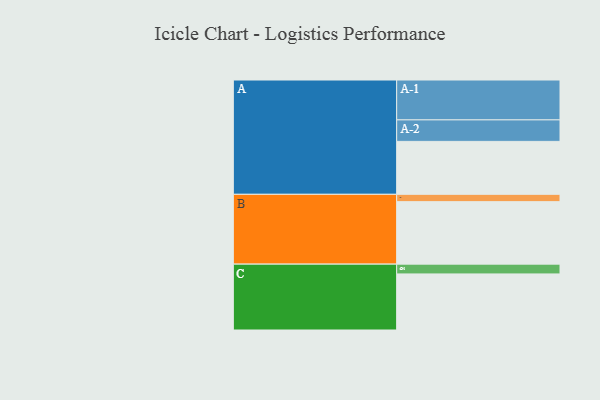
{"axis": {"x": "Segment", "y": "Value"}, "legend": ["", "A", "B", "C"], "data": [{"x": "A", "y": 389, "type": ""}, {"x": "B", "y": 459, "type": ""}, {"x": "C", "y": 412, "type": ""}, {"x": "A-1", "y": 293, "type": "A"}, {"x": "A-2", "y": 158, "type": "A"}, {"x": "B-1", "y": 54, "type": "B"}, {"x": "C-1", "y": 72, "type": "C"}]}